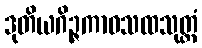
ဒုတိယဂိဉ္ဇကာဝသထသုတ္တံ